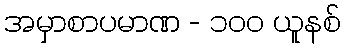
အမှာစာပမာဏ - ၁၀၀ ယူနစ်